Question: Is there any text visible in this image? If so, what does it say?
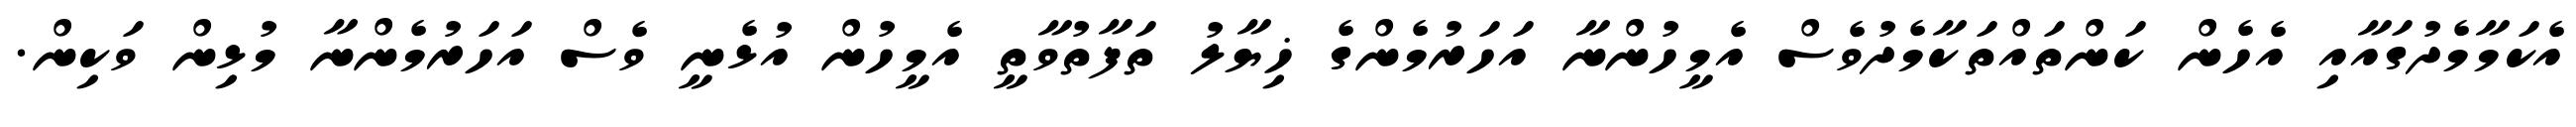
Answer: އެކަމާމެދުގައާއި އެހެން ކަންތައްތަކާމެދުވެސް އެމީހުންނާ އަހަރުމެންގެ ޚިޔާލު ތަފާތުވާތީ އެމީހުން އުޅެނީ ވެސް އަހަރުމެންނާ މުޅިން ވަކިން.